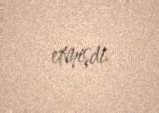
etmişdi.